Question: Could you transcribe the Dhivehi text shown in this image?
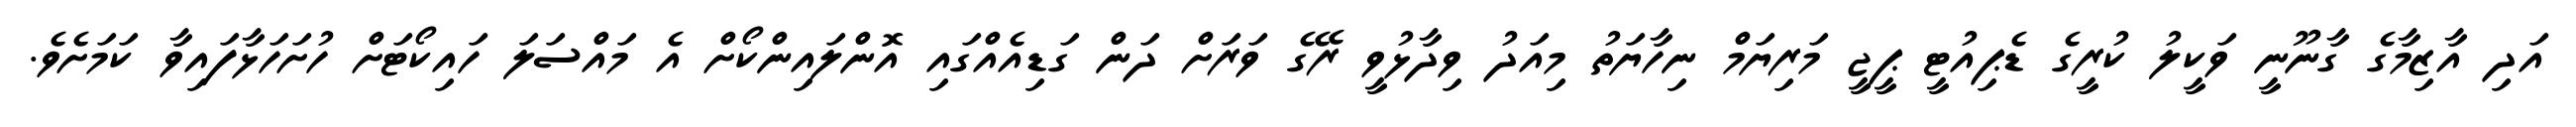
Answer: އަދި އާޒިމާގެ ގާނޫނީ ވަކީލު ކުރީގެ ޑެޕިއުޓީ ޕީޖީ މަރިޔަމް ނިހާޔަތު މިއަދު ވިދާޅުވީ ރޭގެ ވަރަށް ދަން ގަޑިއެއްގައި އޮންލައިންކޯށް އެ މައްސަލަ ހައިކޯޓަށް ހުށަހަޅާފައިވާ ކަމަށެވެ.